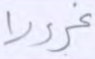
غرورا